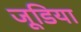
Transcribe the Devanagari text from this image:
जूडिया